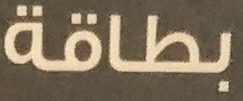
بطاقة